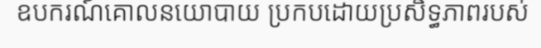
ឧបករណ៍គោលនយោបាយ ប្រកបដោយប្រសិទ្ធភាពរបស់